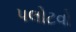
પલોટવો